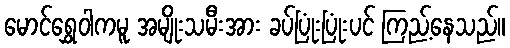
မောင်ရွှေဝါကမူ အမျိုးသမီးအား ခပ်ပြုံးပြုံးပင် ကြည့်နေသည်။